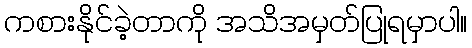
ကစားနိုင်ခဲ့တာကို အသိအမှတ်ပြုရမှာပါ။